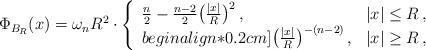
LaTeX: \begin{align*}\Phi_{B_R}(x) = \omega_n R^2 \cdot \left\{\begin{array}{ll}\frac{n}{2} - \frac{n-2}{2}\bigl(\frac{|x|}{R}\bigr)^2\,,& |x|\le R\,,\\begin{align*}0.2cm]\bigl(\frac{|x|}{R}\bigr)^{-(n-2)}\,,& |x|\ge R\,,\end{array}\right.\end{align*}